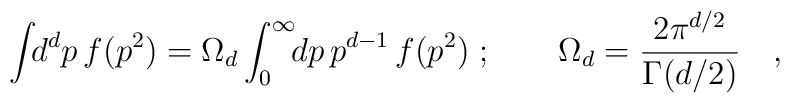
\int\!\!d^dp\, f(p^2) = \Omega_d \int_0^{\infty}\!\!dp\, p^{d-1}\, f(p^2) \; ; \qquad \Omega_d = \frac{2\pi^{d/2}}{\Gamma(d/2)}\quad ,